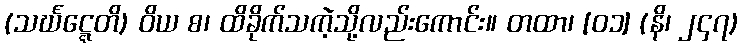
(သင်္ဃဋ္ဋေတိ) ဝိယ စ၊ ထိခိုက်သကဲ့သို့လည်းကောင်း။ တထာ၊ [၀၁] (နိ၊ ၂၄၇)